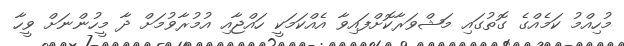
މުހިއްމު ކަމެއްގެ ގޮތުގައި މަޝްވަރާކޮށްފައިވާ އެއްކަމަކީ ހައްޖާއި އުމުރާވުމަށް ދާ މީހުންނަށް ވީހާ